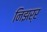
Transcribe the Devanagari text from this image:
निझर्र